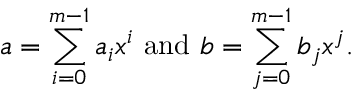
a = \sum _ { i = 0 } ^ { m - 1 } { a _ { i } x ^ { i } } { \mathrm { ~ a n d ~ } } b = \sum _ { j = 0 } ^ { m - 1 } { b _ { j } x ^ { j } } .